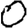
Digit: 0